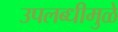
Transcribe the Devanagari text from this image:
उपलब्धीमुळे